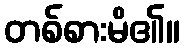
တစ်စားမိ၏။